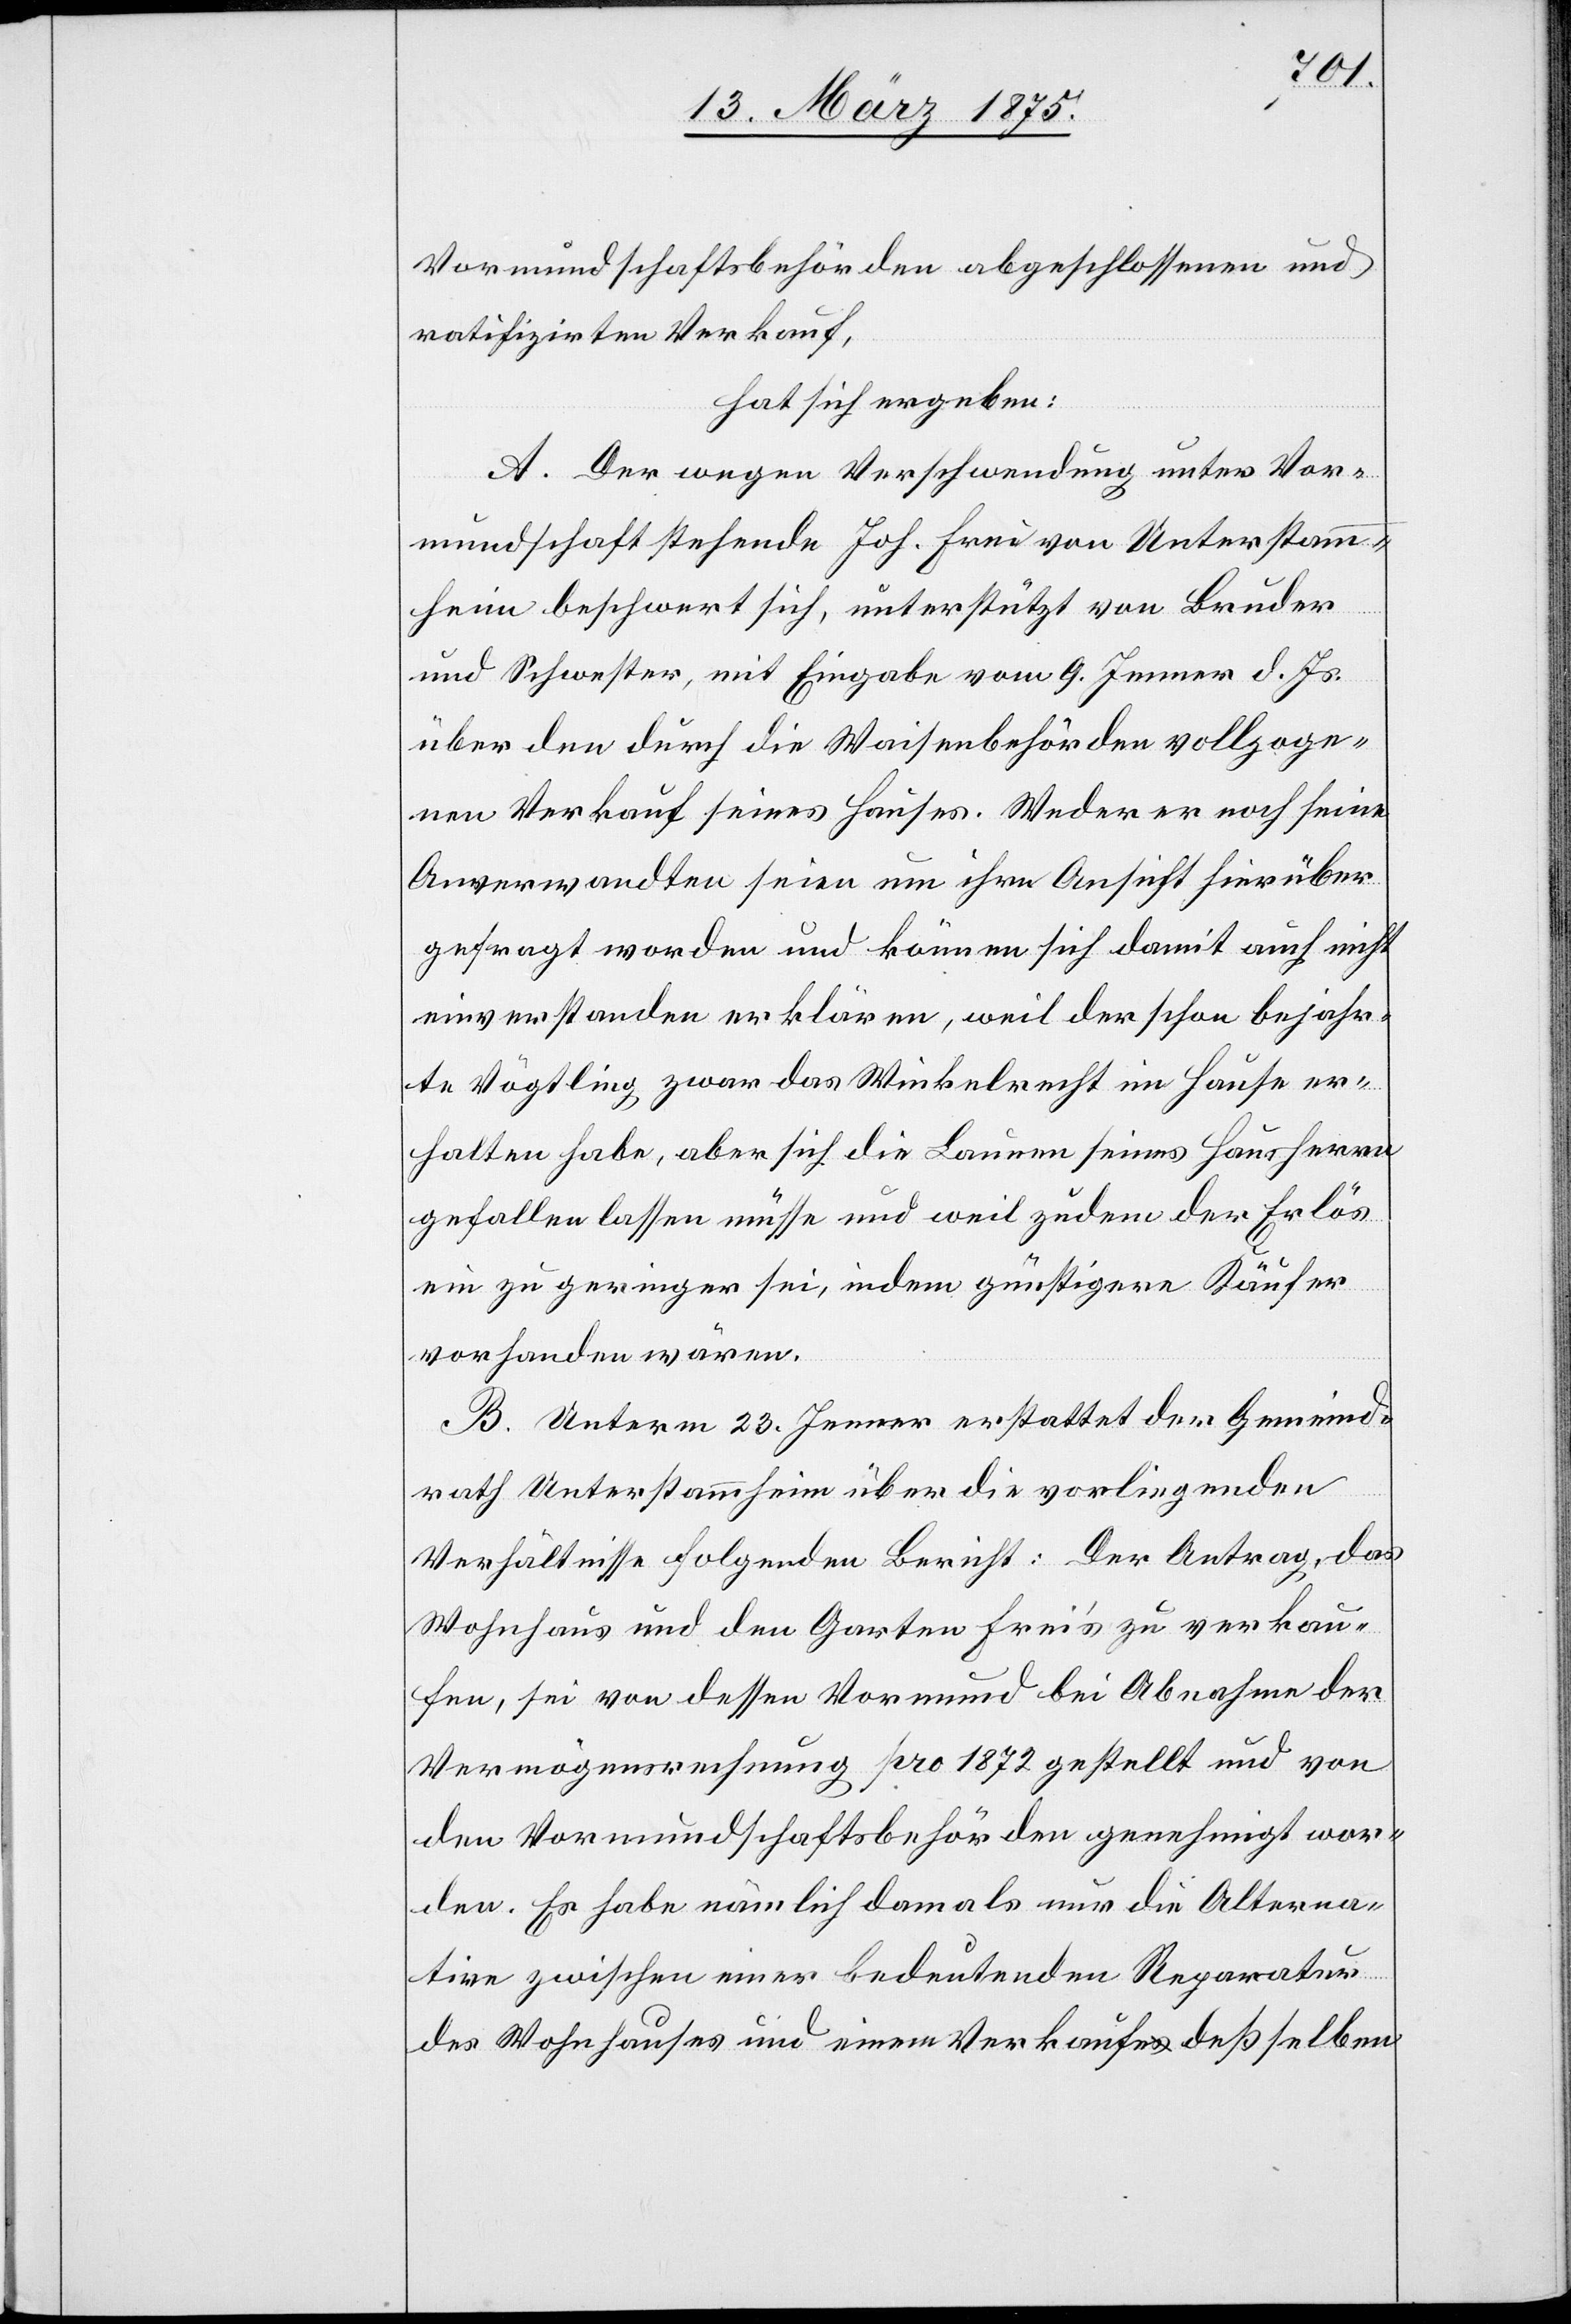
Vormundschaftsbehörden abgeschlossenen und
ratifizirten Verkauf,
hat sich ergeben:
A. Der wegen Verschwendung unter Vor¬
mundschaft stehende Joh. Frei von Unterstamm¬
heim beschwert sich, unterstützt von Bruder
und Schwester mit Eingabe vom 9. Jenner. d. Js.
über den durch die Waisenbehörden vollzoge¬
nen Verkauf seines Hauses. Weder er noch seine
Anverwandten seien um ihre Ansicht hierüber
gefragt worden und können sich damit auch nicht
einverstanden erklären, weil der schon bejahr¬
te Vögtling zwar das Winkelrecht im Hause er¬
halten habe, aber sich die Launen seines Hausherrn
gefallen lassen müsse und weil zudem der Erlös
ein zu geringer sei, indem günstigere Käufer
vorhanden wären.
B. Unterm 23. Jenner erstattet der Gemeind¬
rath Unterstammheim über die vorliegenden
Verhältnisse folgenden Bericht: Der Antrag, das
Wohnhaus und den Garten Frei’s zu verkau¬
fen, sei von dessen Vormund bei Abnahme der
Vermögensrechnung pro 1872 gestellt und von
den Vormundschaftsbehörden genehmigt wor¬
den. Er habe nämlich damals nur die Alterna¬
tive zwischen einer bedeutenden Reparatur
des Wohnhauses und einem Verkaufe deßselben